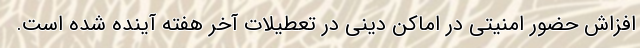
افزاش حضور امنیتی در اماکن دینی در تعطیلات آخر هفته آینده شده است.